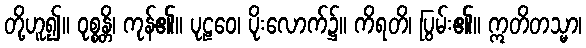
တို့ဟူ၍။ ဝုစ္စန္တိ၊ ကုန်၏။ ပုဠဝေ၊ ပိုးလောက်၌။ ကိရတိ၊ ပြွမ်း၏။ ဣတိတသ္မာ၊